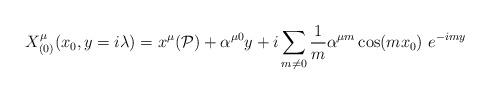
LaTeX: \begin{align*}X_{(0)}^{\mu }(x_{0},y=i\lambda )=x^{\mu }(\mathcal{P})+\alpha ^{\mu0}y+i\sum_{m\neq 0}\frac{1}{m}\alpha ^{\mu m}\cos (mx_{0})\ e^{-imy}\end{align*}